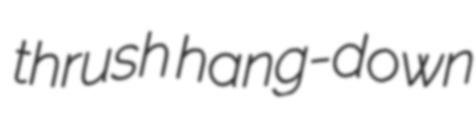
thrush hang-down